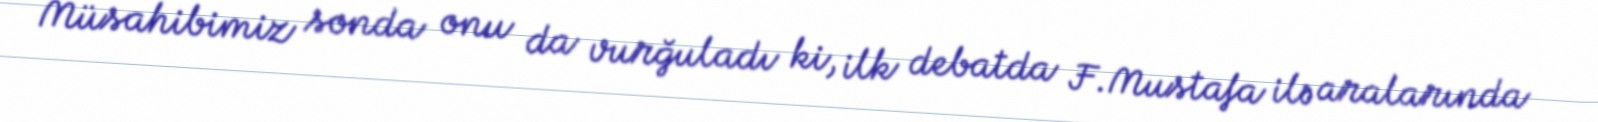
Müsahibimiz sonda onu da vurğuladı ki, ilk debatda F.Mustafa ilə aralarında